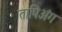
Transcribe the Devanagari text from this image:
तापिअंग